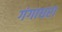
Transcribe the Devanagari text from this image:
गंगाधरा